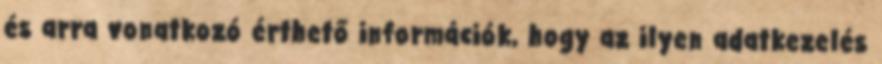
és arra vonatkozó érthető információk, hogy az ilyen adatkezelés